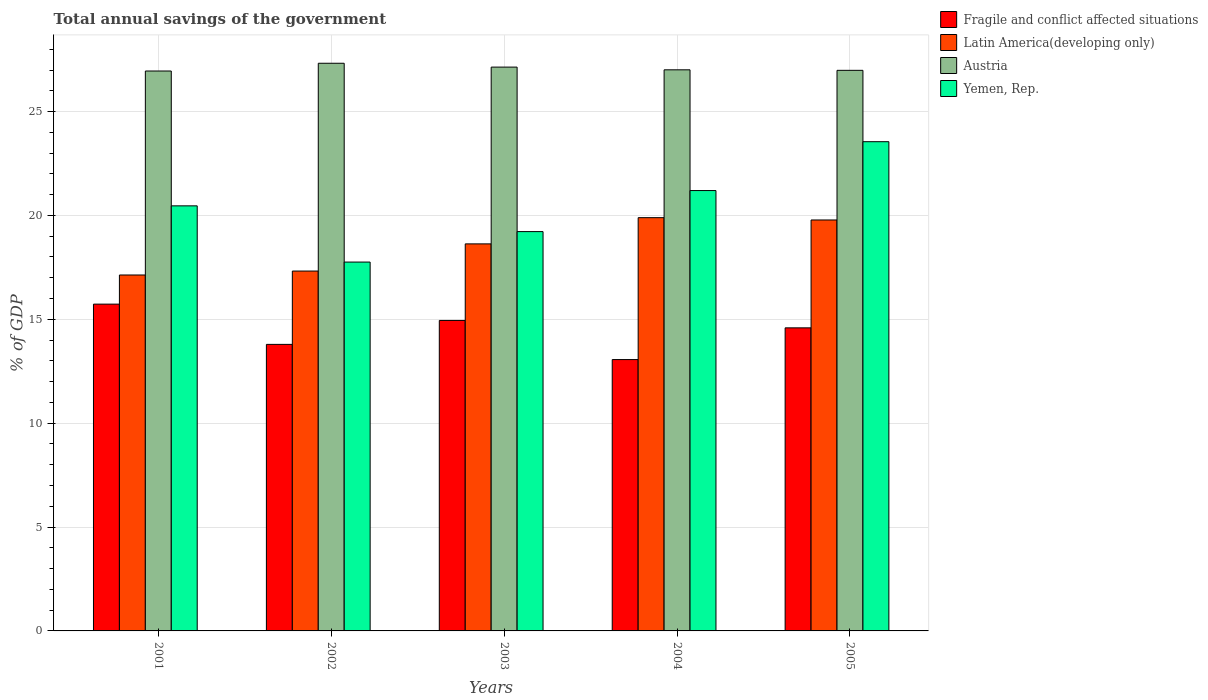
| Years | Fragile and conflict affected situations | Latin America(developing only) | Austria | Yemen, Rep. |
 | --- | --- | --- | --- | --- |
 | 2001 | 15.7 | 17.1 | 27 | 20.5 |
 | 2002 | 13.8 | 17.3 | 27.3 | 17.8 |
 | 2003 | 14.9 | 18.6 | 27.1 | 19.2 |
 | 2004 | 13.1 | 19.9 | 27 | 21.2 |
 | 2005 | 14.6 | 19.8 | 27 | 23.5 |